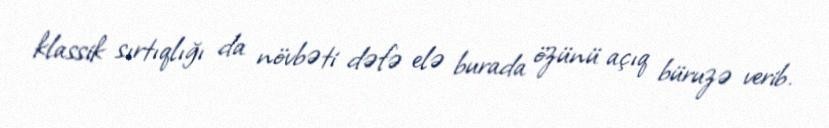
klassik sırtıqlığı da növbəti dəfə elə burada özünü açıq büruzə verib.